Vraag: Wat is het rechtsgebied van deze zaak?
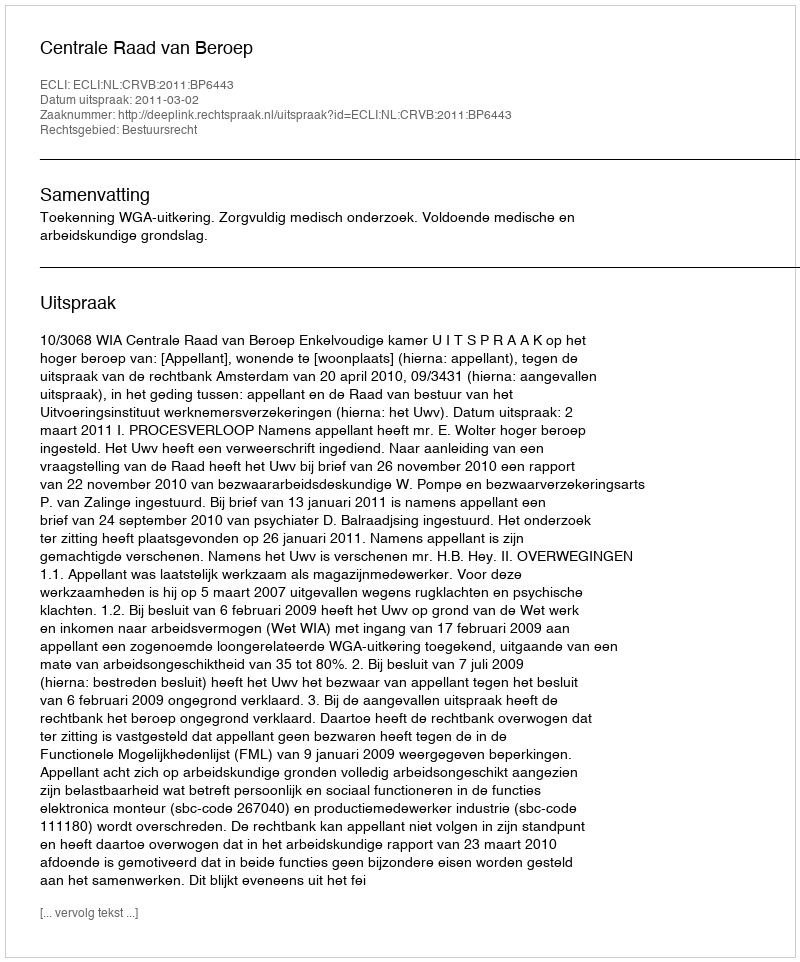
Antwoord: Bestuursrecht